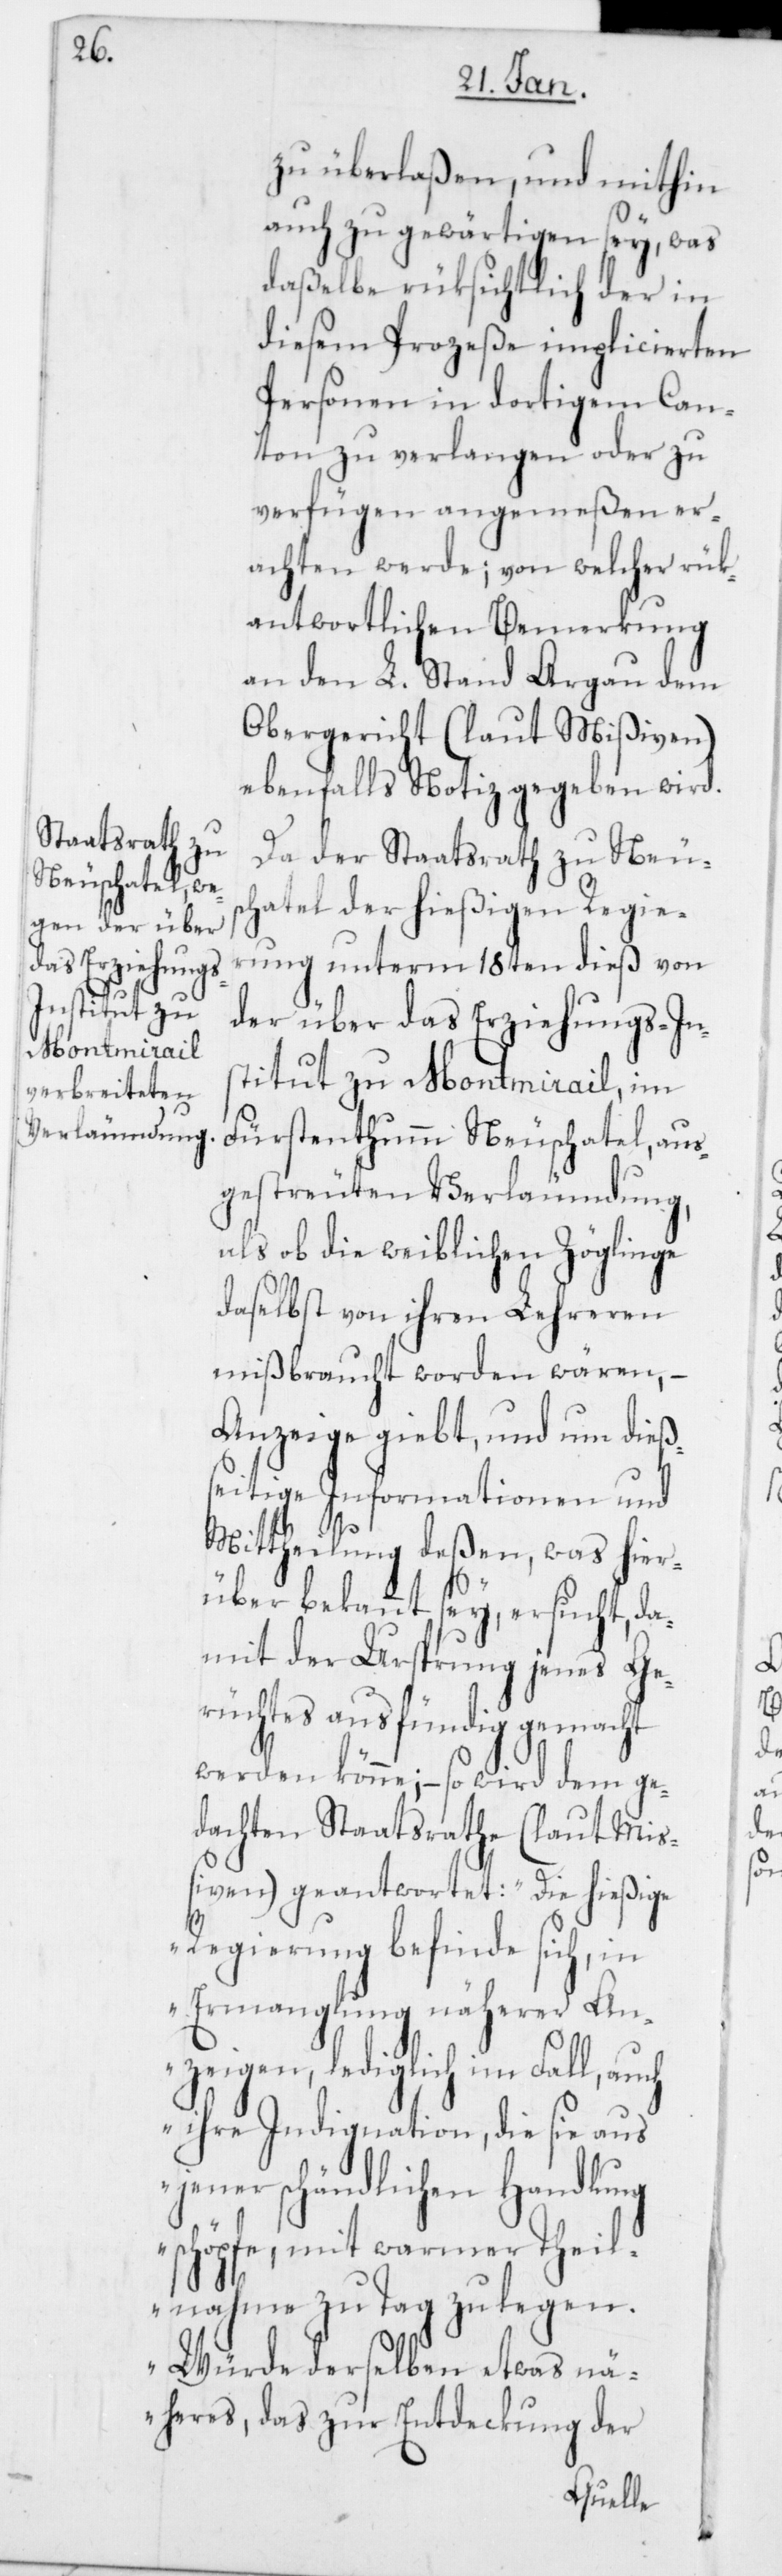
zu überlaßen, und mithin
auch zu gewärtigen sey, was
daßelbe rüksichtlich der in
diesem Prozeße implicierten
Personen in dortigem Can¬
ton zu verlangen oder zu
verfügen angemeßen er¬
achten werde; von welcher rük¬
antwortlichen Bemerkung
an den L. Stand Argau dem
Obergericht (laut Mißiven)
ebenfalls Notiz gegeben wird.
Da der Staatsrath zu Neuc¬
hatel der hießigen Regie¬
rung unterm 18ten dieß von
der über das Erziehungs-Ins¬
titut zu Montmirail, im
Fürstenthum Neuchatel, aus¬
gestreuten Verleumdung,
als ob die weiblichen Zöglinge
daselbst von ihren Lehreren
mißbraucht worden wären, –
Anzeige giebt, und um dieß¬
seitige Informationen und
Mittheilung deßen, was hier¬
über bekannt sey, ersucht, da¬
mit der Ursprung jenes Ge¬
rüchtes ausfündig gemacht
werden könne; – so wird dem ge¬
dachten Staatsrathe (laut Mi¬
ßiven) geantwortet: „Die hießige
Regierung befinde sich, in
Ermanglung näherer An¬
zeigen, lediglich im Fall, auch
ihre Indignation, die sie aus
jener schändlichen Handlung
schöpfe, mit warmer Theil¬
nahme zu Tag zu legen.
Würde derselben etwas nä¬
heres, das zur Entdeckung der